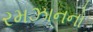
રમઝાનનો